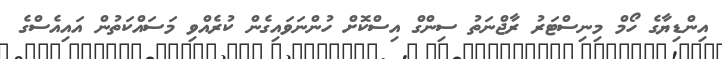
އިންޑިޔާގެ ހޯމް މިނިސްޓަރު ރާޖްނަތު ސިންގް އިސްކޮށް ހުންނަވައިގެން ކުރެއްވި މަސައްކަތުން އައިއެސްގެ